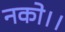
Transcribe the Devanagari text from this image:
नको।।